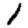
Digit: 1